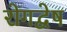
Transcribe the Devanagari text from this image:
रोगद्वेष